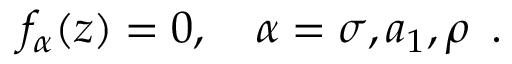
f _ { \alpha } ( z ) = 0 , \quad \alpha = \sigma , a _ { 1 } , \rho \, \, \, .